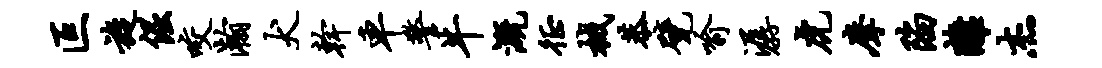
叵旋倔咬瀚犬干车警牛溉徵械恭甓喻潺虎摩陷离杰